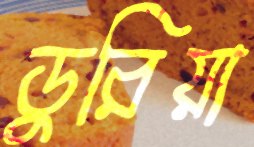
ডুরিয়া